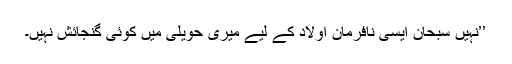
’’نہیں سبحان ایسی نافرمان اولاد کے لیے میری حویلی میں کوئی گنجائش نہیں۔